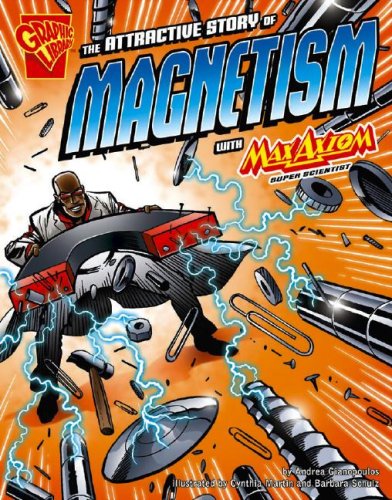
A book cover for The Attractive Story of Magnetism with Max Axiom, Super Scientist (Graphic Science); Andrea Gianopoulos; Children's Books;